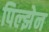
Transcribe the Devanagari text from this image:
पिल्झेन